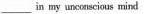
___ in my unconscious mind